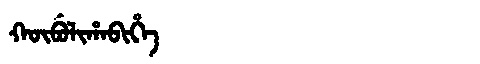
Manchu: ᡴᡡᠪᡠᠯᡳᡥᠠᠪᡳᡥᡝ
Romanization: KŪBULIHABIHE